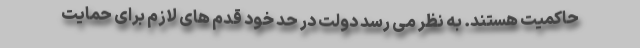
حاكميت هستند. به نظر مى رسد دولت در حد خود قدم هاى لازم براى حمايت